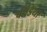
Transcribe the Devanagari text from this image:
बॉडिया